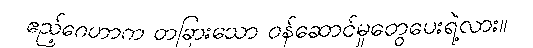
ဧည့်ဂေဟာက တခြားသော ဝန်ဆောင်မှုတွေပေးရဲ့လား။